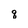
Character: q